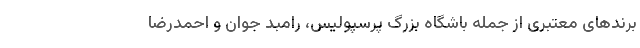
برندهای معتبری از جمله باشگاه بزرگ پرسپولیس، رامبد جوان و احمدرضا